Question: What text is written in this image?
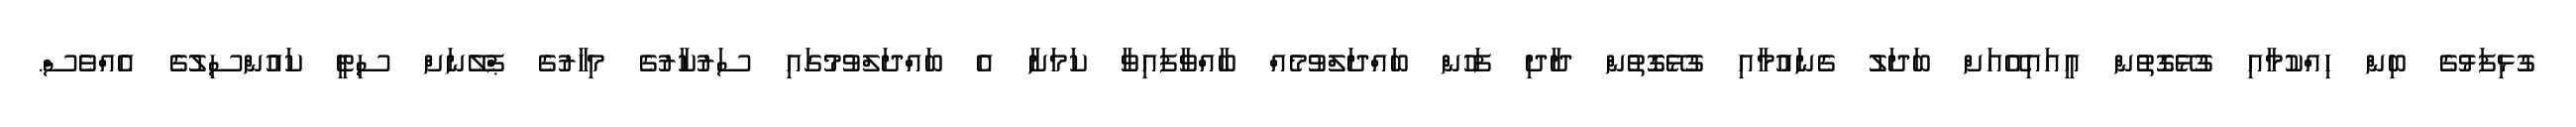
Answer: ގުޅިފަޅުގެ ބިން ހިއްކުމާއި ގުޅޭގޮތުން އީއައިއޭއަށް ބަދަލު ގެނައުމާއި ގުޅޭގޮތުން ދާދި ފަހުން ބައްދަލްވުމެއް ބާއްވާފައިވާ ކަމަށާ އެ ބައްދަލްވުމުގައި ސަރުކާރުގެ މިހާރުގެ ޕްލޭނަށް ސިޓީ ކައުންސިލުގެ އެއްވެސް.